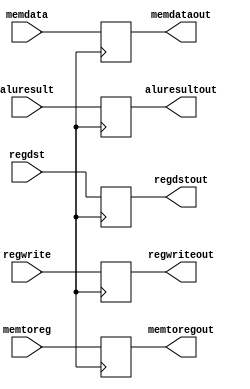
module WB(
    input regwrite, memtoreg,
    input [15:0] memdata,
    input [15:0] aluresult,
    input [15:0] regdst,
    output reg regwriteout, memtoregout,
    output reg [15:0] memdataout,
    output reg [15:0] aluresultout,
    output reg [15:0] regdstout
    );
    
    always@(posedge clk) begin
    regwriteout <= regwrite;
    memtoregout <= memtoreg;
    memdataout <= memdata;
    aluresultout <= aluresult;
    regdstout <= regdst;

    end
endmodule